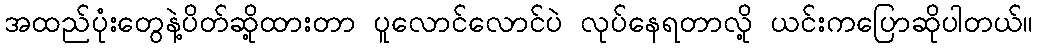
အထည်ပုံးတွေနဲ့ပိတ်ဆို့ထားတာ ပူလောင်လောင်ပဲ လုပ်နေရတာလို့ ယင်းကပြောဆိုပါတယ်။